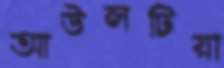
আউলটিয়া